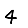
Digit: 4